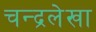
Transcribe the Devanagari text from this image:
चन्द्रलेखा